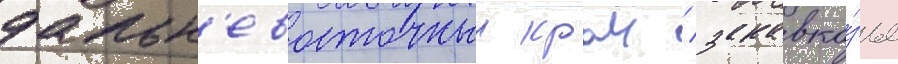
дальн'евосточныи краи / закавка́зье